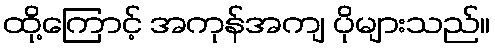
ထို့ကြောင့် အကုန်အကျ ပိုများသည်။